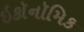
ઇકૉનૉમિક